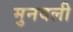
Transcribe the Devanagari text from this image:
मुनवली